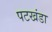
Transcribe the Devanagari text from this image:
पटखंडा